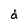
Character: d